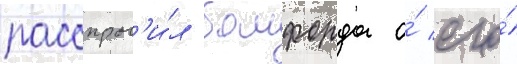
расспрос'и́л бомфорда о́ его́